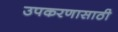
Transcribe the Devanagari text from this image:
उपकरणासाठी